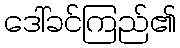
ဒေါ်ခင်ကြည်၏